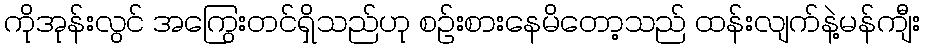
ကိုအုန်းလွင် အကြွေးတင်ရှိသည်ဟု စဉ်းစားနေမိတော့သည် ထန်းလျက်နဲ့မန်ကျီး